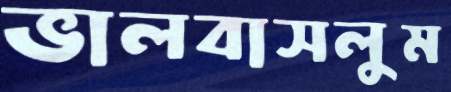
ভালবাসলুম